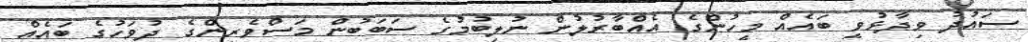
ސައުދު ވިދާޅުވީ ބައެއް މީހުންގެ އެއްބާރުލުން ނުލިބުމުގެ ސަބަބުން މަސްވެރިންގެ ދުވަހުގެ ބައެއް